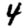
Digit: 4